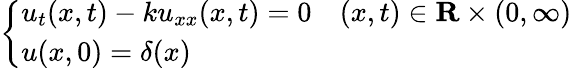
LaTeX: \left\{ \begin{array}{ll}{u_{t}(x,t)-ku_{xx}(x,t)=0}&{(x,t)\in\mathbf{R}\times(0,\infty)}\\ {u(x,0)=\delta(x)}&{}\end{array}\right.